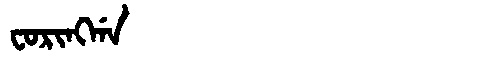
Manchu: ᠸᠣᡵᡳᠩᡤᠠ
Romanization: FORINGGA